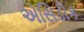
એસિડીક